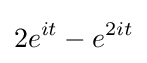
2e^{it}-e^{2it}